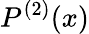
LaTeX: P^{(2)}(x)